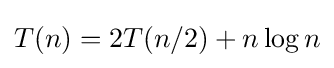
T(n)=2T(n/2)+n\log n